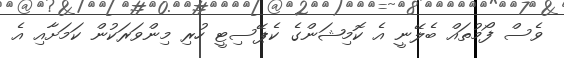
ވެސް ފޯމުތައް ބެލޭނީ އެ ކޮމިޝަންގެ ކެޕޭސިޓީ ހުރި މިންވަރަކުން ކަމަށާއި އެ